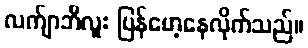
လက်ျာဘီလူး ပြန်မော့နေလိုက်သည်။